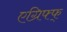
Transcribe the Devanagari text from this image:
एग्रिफ्फ्